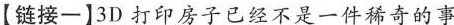
【链接一】3D打印房子已经不是一件稀奇的事